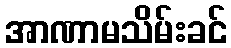
အာဏာမသိမ်းခင်